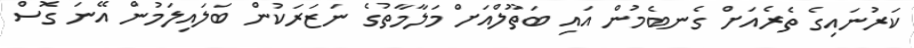
ކަރުނައިގެ ތެރެއަށް ގެނބެމުން އައި ބަތޫލްއަށް މަލާމާތުގެ ނަޒަރަކުން ބަލައިލަމުން އޭނަ ގޮސް